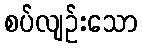
စပ်လျဉ်းသော